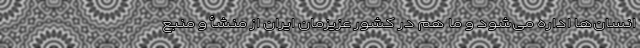
انسان‌ها اداره می‌شود و ما هم در کشور عزیزمان ایران از منشأ و منبع